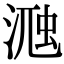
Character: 𣸀